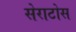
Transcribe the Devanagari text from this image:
सेराटोस